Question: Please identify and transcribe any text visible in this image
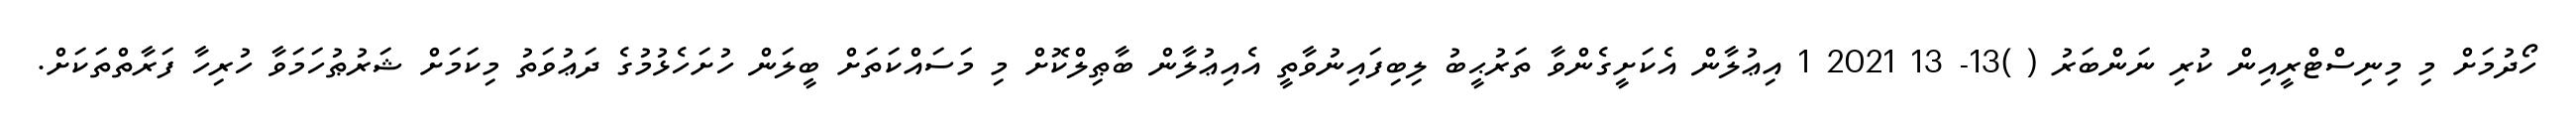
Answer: ހޯދުމަށް މި މިނިސްޓްރީއިން ކުރި ނަންބަރު ( )13- 13 2021 1 އިޢުލާން އެކަށީގެންވާ ތަރުޙީބު ލިބިފައިނުވާތީ އެއިޢުލާން ބާޠިލްކޮށް މި މަސައްކަތަށް ބީލަން ހުށަހެޅުމުގެ ދަޢުވަތު މިކަމަށް ޝަރުޠުހަމަވާ ހުރިހާ ފަރާތްތަކަށް.